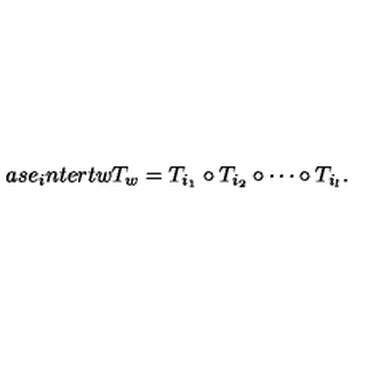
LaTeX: a s e _ { i } n t e r t w } T _ { w } = T _ { i _ { 1 } } \circ T _ { i _ { 2 } } \circ \cdots \circ T _ { i _ { l } } .